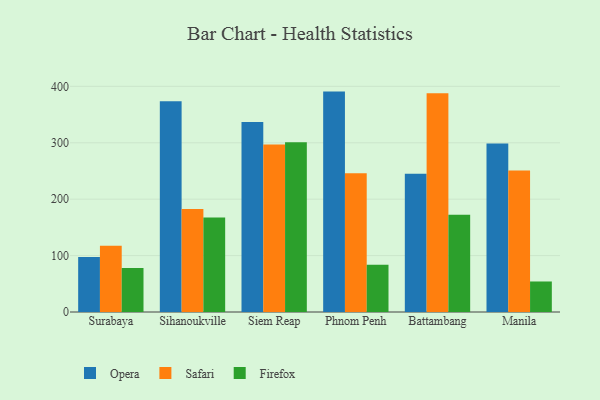
{"axis": {"x": "City", "y": "Humidity (%)"}, "legend": ["Firefox", "Opera", "Safari"], "data": [{"x": "Surabaya", "y": 97.7, "type": "Opera"}, {"x": "Surabaya", "y": 117.6, "type": "Safari"}, {"x": "Surabaya", "y": 77.9, "type": "Firefox"}, {"x": "Sihanoukville", "y": 373.4, "type": "Opera"}, {"x": "Sihanoukville", "y": 182.4, "type": "Safari"}, {"x": "Sihanoukville", "y": 167.6, "type": "Firefox"}, {"x": "Siem Reap", "y": 336.6, "type": "Opera"}, {"x": "Siem Reap", "y": 296.8, "type": "Safari"}, {"x": "Siem Reap", "y": 300.7, "type": "Firefox"}, {"x": "Phnom Penh", "y": 390.7, "type": "Opera"}, {"x": "Phnom Penh", "y": 245.9, "type": "Safari"}, {"x": "Phnom Penh", "y": 83.6, "type": "Firefox"}, {"x": "Battambang", "y": 245.2, "type": "Opera"}, {"x": "Battambang", "y": 387.8, "type": "Safari"}, {"x": "Battambang", "y": 172.2, "type": "Firefox"}, {"x": "Manila", "y": 298.5, "type": "Opera"}, {"x": "Manila", "y": 251.0, "type": "Safari"}, {"x": "Manila", "y": 54.1, "type": "Firefox"}]}